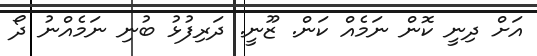
އަށް ދިނީ ކޮން ނަމެއް ކަން. ޒޫނީ. ދަރިފުޅު ބުނި ނަމެއްނު ދޯ